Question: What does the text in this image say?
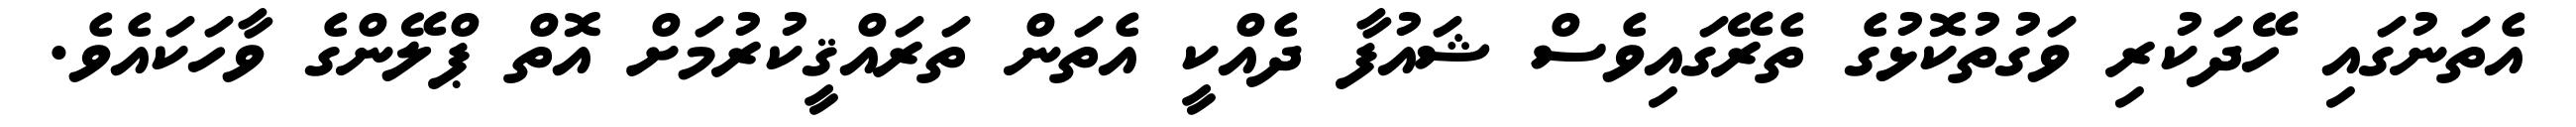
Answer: އެތަނުގައި ހޭދަކުރި ވަގުތުކޮޅުގެ ތެރޭގައިވެސް ޝައުފާ ދެއްކީ އެތަން ތަރައްޤީކުރުމަށް އޮތް ޕްލޭންގެ ވާހަކައެވެ.